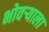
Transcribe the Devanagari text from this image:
भोवर्‍याला